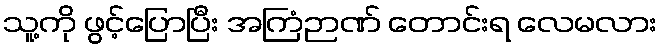
သူ့ကို ဖွင့်ပြောပြီး အကြံဉာဏ် တောင်းရ လေမလား